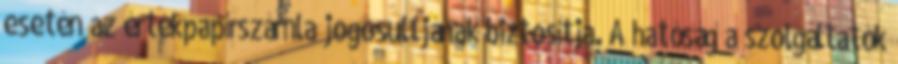
esetén az értékpapírszámla jogosultjának biztosítja. A hatóság a szolgáltatók